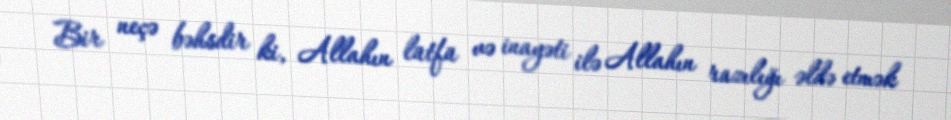
Bir neçə bəhsdir ki, Allahın lütfü və inayəti ilə Allahın razılığı əldə etmək